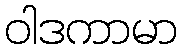
ဝါဒကာမာ